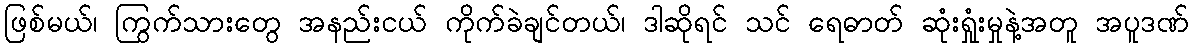
ဖြစ်မယ်၊ ကြွက်သားတွေ အနည်းငယ် ကိုက်ခဲချင်တယ်၊ ဒါဆိုရင် သင် ရေဓာတ် ဆုံးရှုံးမှုနဲ့အတူ အပူဒဏ်